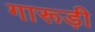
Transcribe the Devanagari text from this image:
गारूड़ी